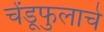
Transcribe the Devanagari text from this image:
चेंडूफुलाचे